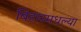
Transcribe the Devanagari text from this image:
बिहारमधल्या